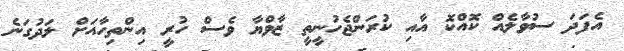
އެފަދަ ސުވާލެއް ކޮއްކޮ އާއި ކުރަންޖެހުނީތީ ޒާވްޔާ ވެސް ހުރީ އިންތިހާއަށް ލަދުގަނެ